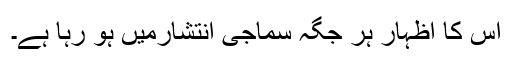
اس کا اظہار ہر جگہ سماجی انتشارمیں ہو رہا ہے۔